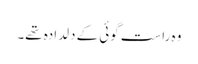
وہ راست گوئی کے دلدادہ تھے۔